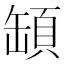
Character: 𩒡